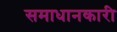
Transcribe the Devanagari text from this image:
समाधानकारी